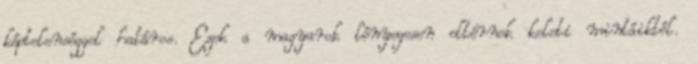
képtelenséggel határos. Ezek a magyarok lényegesen eltérnek keleti mintáiktól.